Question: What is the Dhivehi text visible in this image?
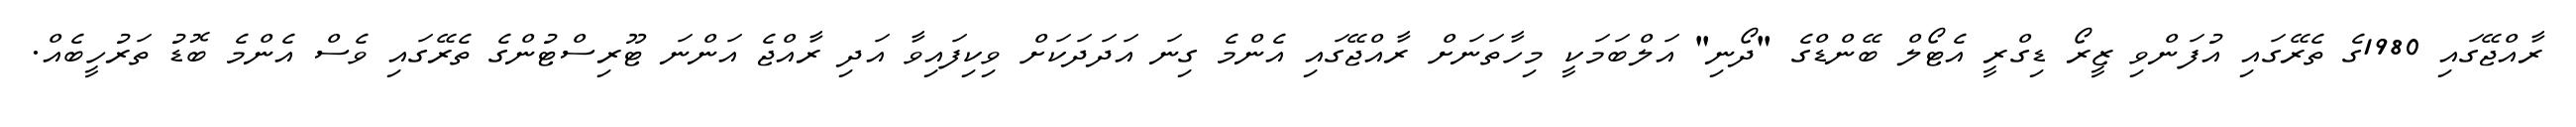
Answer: ރާއްޖޭގައި 1980ގެ ތެރޭގައި އުފަންވި ޒީރޯ ޑިގްރީ އެޓޯލް ބޭންޑްގެ "ދޯނި" އަލްބަމަކީ މިހާތަނަށް ރާއްޖޭގައި އެންމެ ގިނަ އަދަދަކަށް ވިކިފައިވާ އަދި ރާއްޖެ އަންނަ ޓޫރިސްޓުންގެ ތެރޭގައި ވެސް އެންމެ ބޮޑު ތަރުހީބެއް.